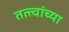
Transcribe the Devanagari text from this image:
तत्‍त्वांच्या